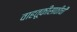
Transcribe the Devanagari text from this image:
वाहतूकीसाठीची